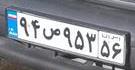
۹۴ص۹۵۳۵۶